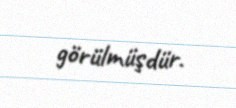
görülmüşdür.